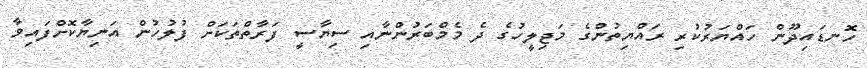
ހޮނޑައިދޫން ހައްޔަރުކުރި ރައްޔިތުންގެ މަޖިލީހުގެ ދެ މެމްބަރުންނާއި ސިޔާސީ ފަރާތްތަކަށް ފުލުހުން އަނިޔާކޮށްފައިވާ